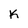
Character: K